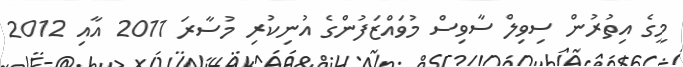
މީގެ އިތުރުން ސިވިލް ސާވިސް މުވައްޒަފުންގެ އުނިކުރި މުސާރަ 2011 އާއި 2012